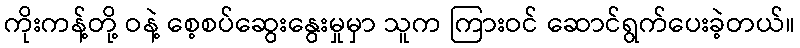
ကိုးကန့်တို့ ဝနဲ့ စေ့စပ်ဆွေးနွေးမှုမှာ သူက ကြားဝင် ဆောင်ရွက်ပေးခဲ့တယ်။